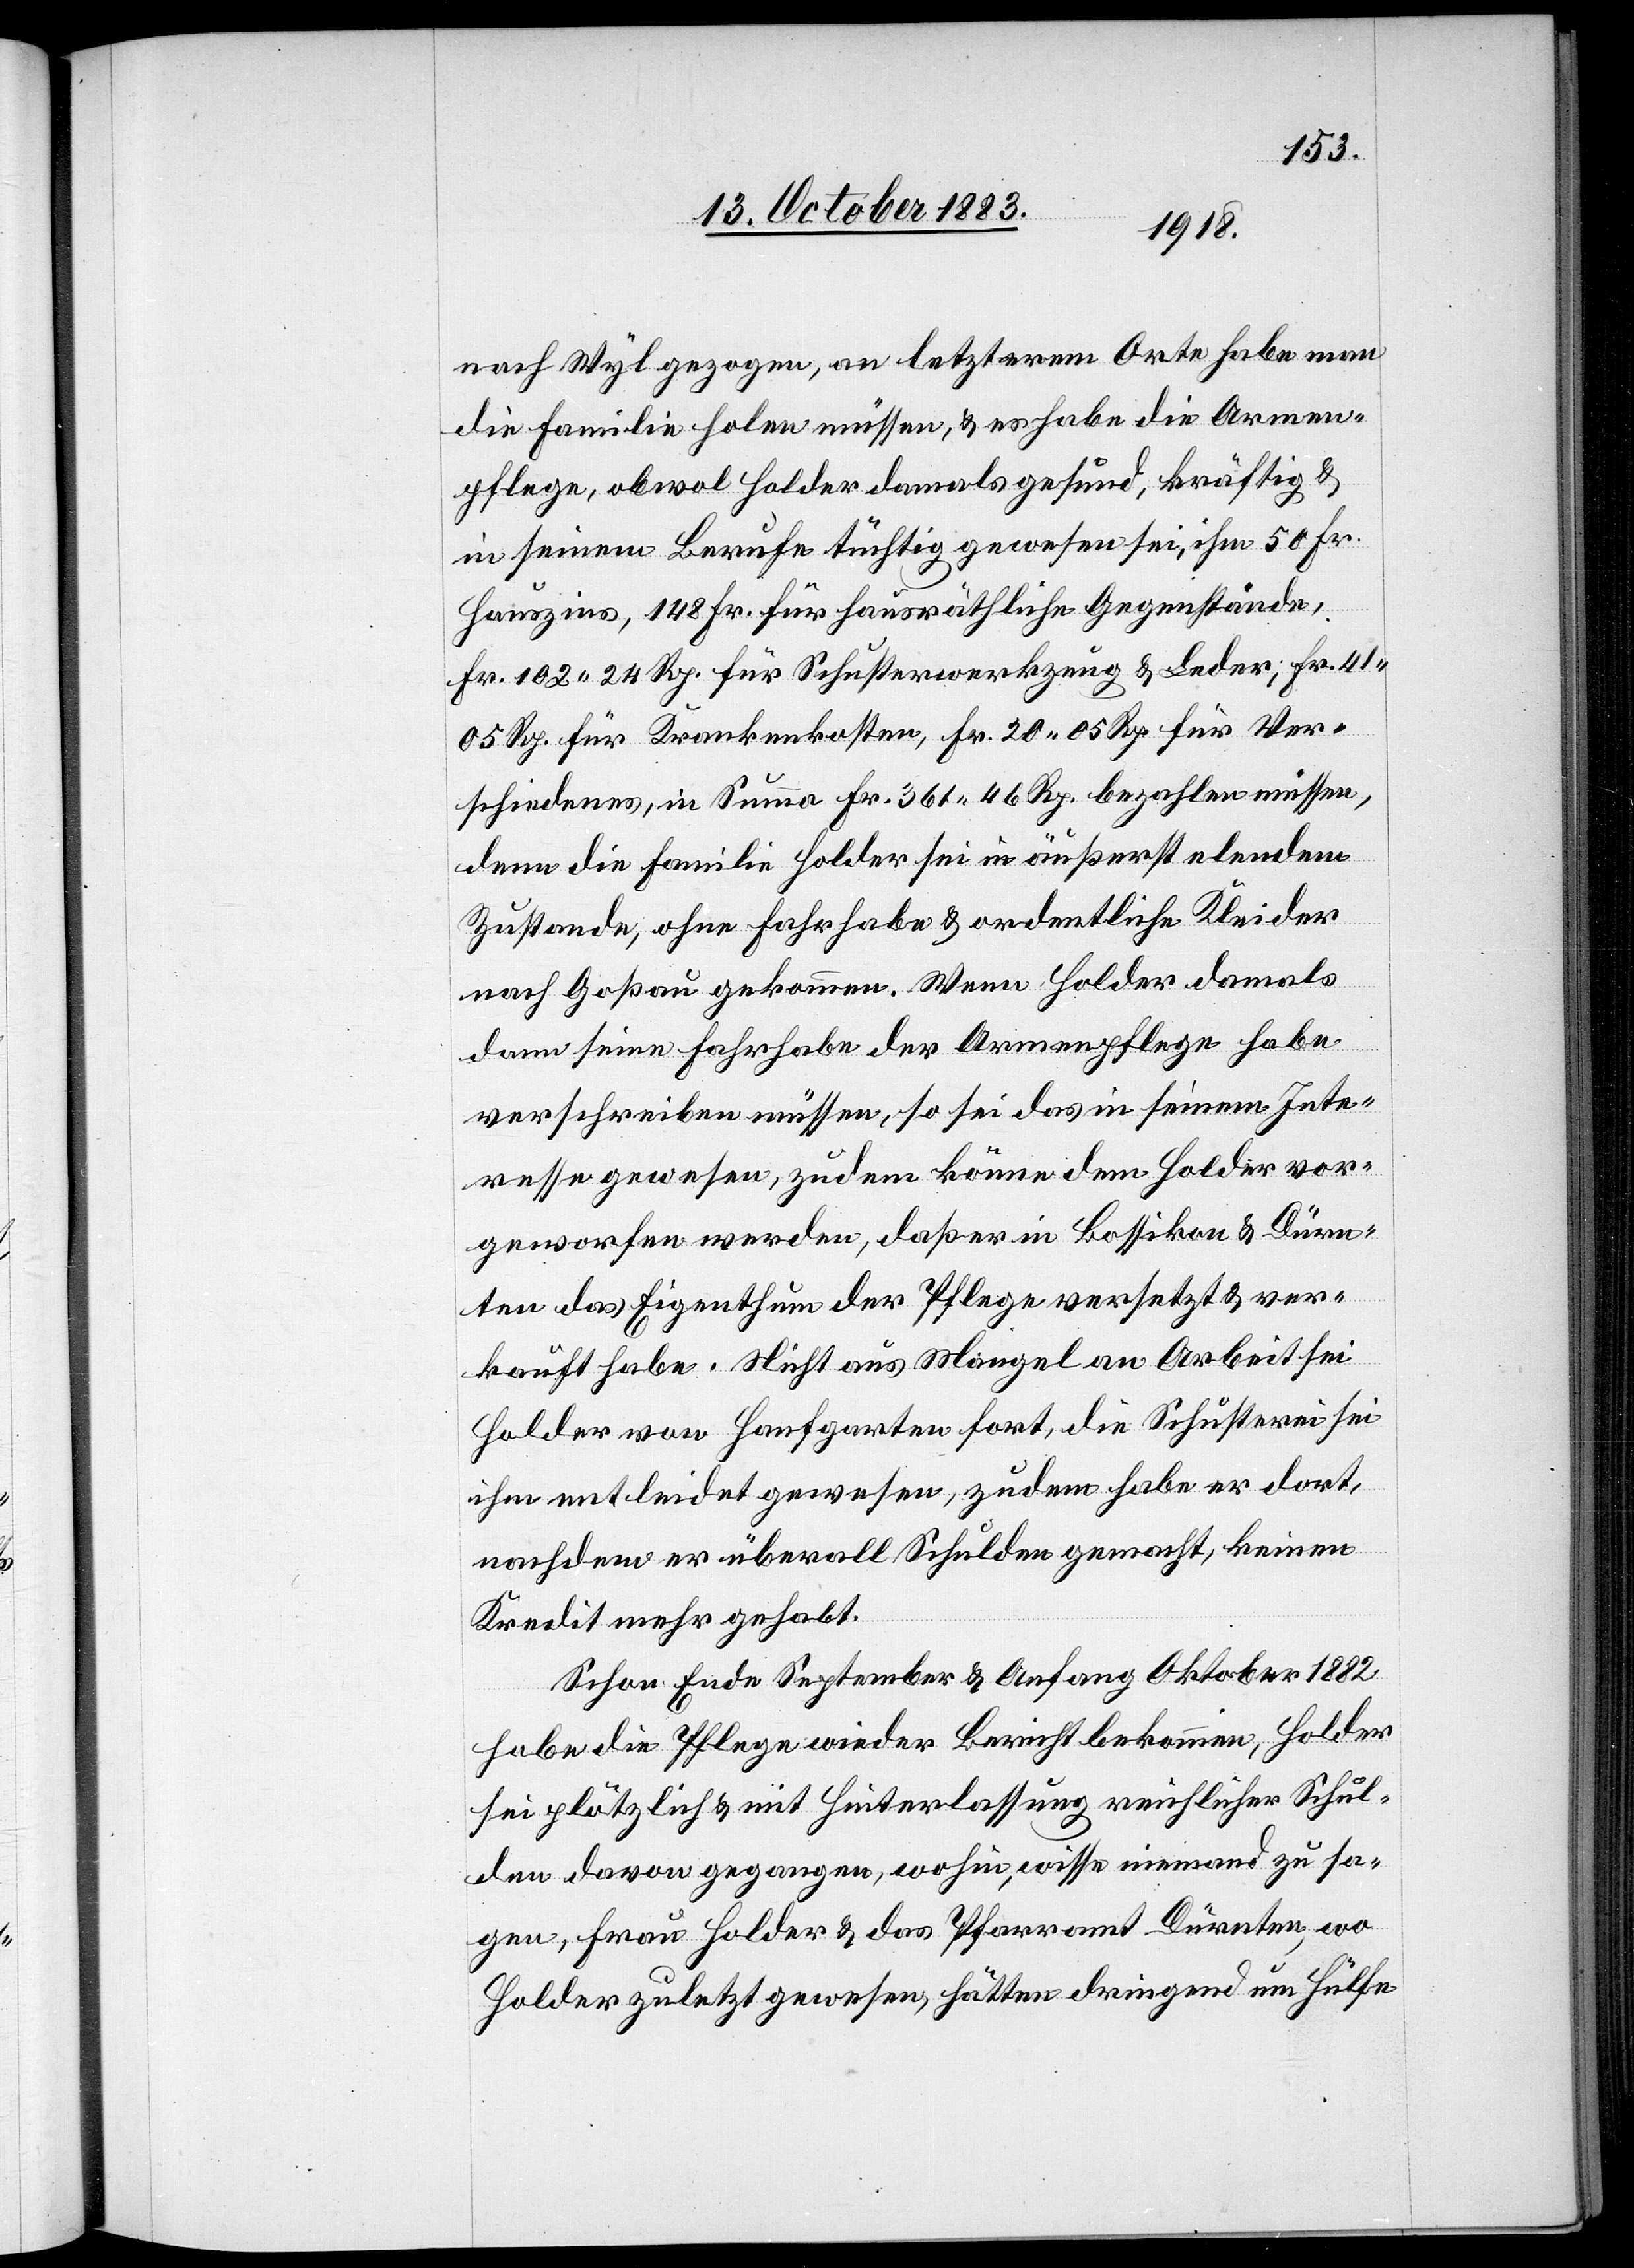
nach Wyl gezogen, an letzterm Orte habe man
die Familie holen müssen, & es habe die Armen¬
pflege, obwol Holder damals gesund, kräftig &
in seinem Berufe tüchtig gewesen sei, ihm 50 Fr.
Hauszins, 148 Fr. für hausräthliche Gegenstände,
Fr. 102 24 Rp. für Schusterwerkzeug & Leder, Fr. 41
05 Rp. für Krankenkosten, Fr. 10 05 Rp. für Ver¬
schiedenes, in Summa Fr. 361 46 Rp. bezahlen müssen,
denn die Familie Holder sei in äußerst elendem
Zustande, ohne Fahrhabe & ordentliche Kleider
nach Goßau gekommen. Wenn Holder damals
dann seine Fahrhabe der Armenpflege habe
verschreiben müssen, so sei das in seinem Inte¬
resse gewesen, zudem könne dem Holder vor¬
geworfen werden, daß er in Bossikon & Dürn¬
ten das Eigenthum der Pflege versetzt & ver¬
kauft habe. Nicht aus Mangel an Arbeit sei
Holder von Hanfgarten fort, die Schusterei sei
ihm entleidet gewesen, zudem habe er dort,
nachdem er überall Schulden gemacht, keinen
Kredit mehr gehabt.
Schon Ende September & Anfang Oktober 1882
habe die Pflege wieder Bericht bekommen, Holder
sei plötzlich & mit Hinterlassung reichlicher Schul¬
den davon gegangen, wohin, wisse niemand zu sa¬
gen, Frau Holder & das Pfarramt Dürnten, wo
Holder zuletzt gewesen, hätten dringend um Hülfe